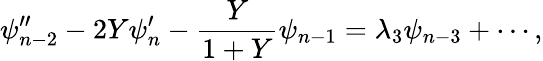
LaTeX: \psi_{n-2}^{\prime\prime}-2Y\psi_{n}^{\prime}-\frac{Y}{1+Y}\psi_{n-1}=\lambda_{3}\psi_{n-3}+\cdots,